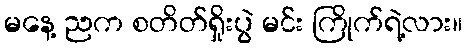
မနေ့ ညက စတိတ်ရှိုးပွဲ မင်း ကြိုက်ရဲ့လား။